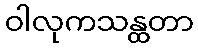
ဝါလုကသန္ထတာ